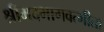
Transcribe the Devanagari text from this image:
श्रीमदभागवत्गीता